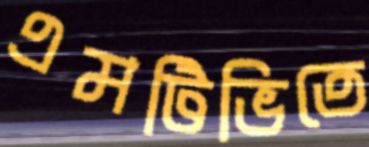
এমটিভিতে